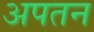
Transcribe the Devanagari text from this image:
अपतन